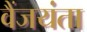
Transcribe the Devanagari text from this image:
वैंजयंता